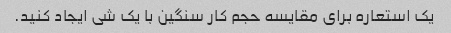
یک استعاره برای مقایسه حجم کار سنگین با یک شی ایجاد کنید.